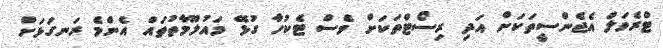
ޓްރެވަލް އެޖެންސީތަކަށް އަދި ރިސޯޓްތަކަށް ވެސް ޓެކުހާ ގުޅޭ މައުލޫމާތުތައް އެންމެ ރަނގަޅަށް